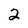
Character: 2